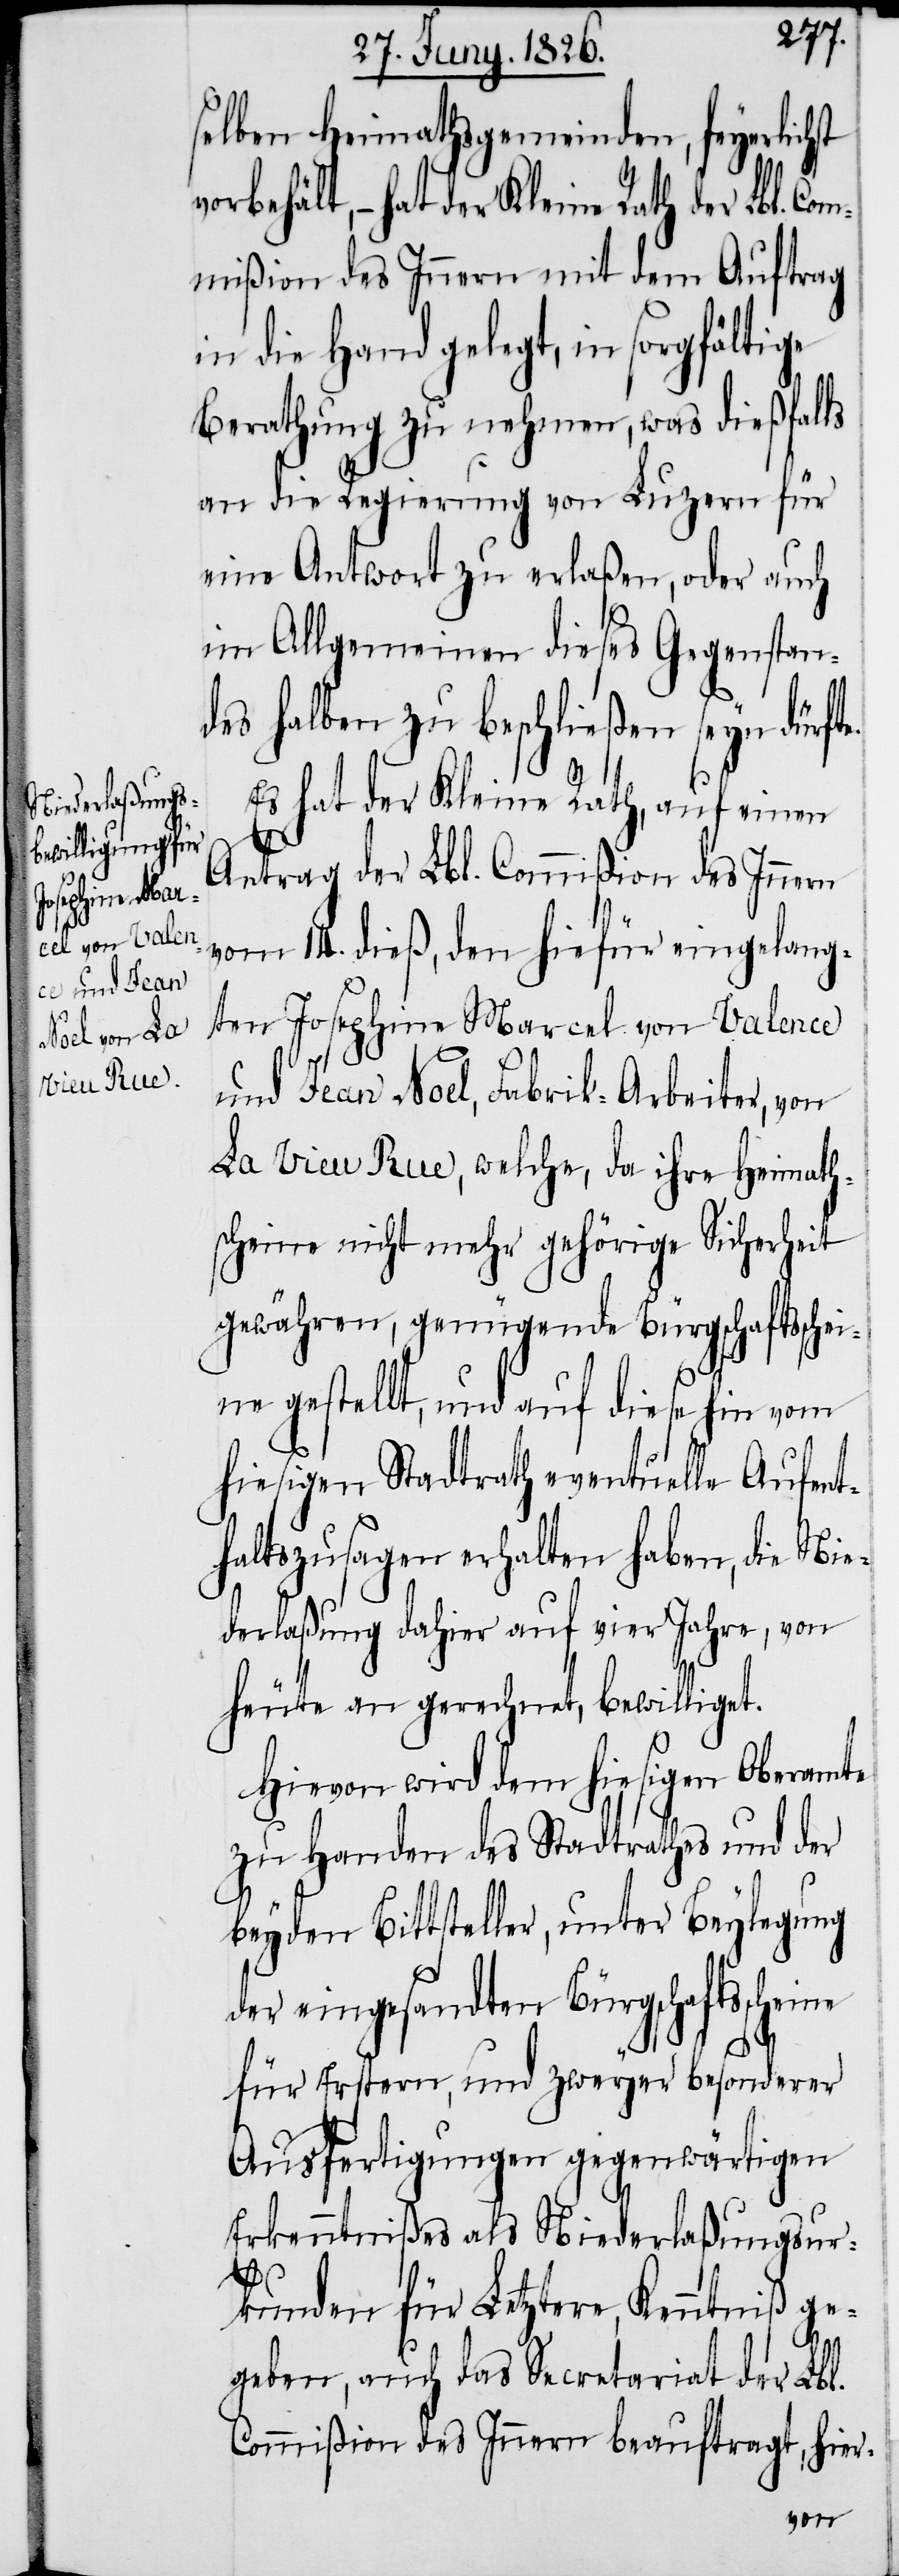
selben Heimathsgemeinden, feyerlichst
ehält, – hat der Kleine Rath der Lbl. Co¬
mmißion des Innern mit dem Auftrag
in die Hand gelegt, in sorgfältige
Berathung zu nehmen, was dießfalls
an die Regierung von Luzern für
eine Antwort zu erlaßen, oder auch
im Allgemeinen dieses Gegenstan¬
des halben zu beschließen seyn dürfte.
Es hat der Kleine Rath, auf einen
Antrag der Lbl. Commißion des Innern
vom 14. dieß, den hiefür eingelang¬
ten Josephine Marcel von Valence
und Jean Noel, Fabrik-Arbeiter, von
La Vieu Rue, welche, da ihre Heimath¬
scheine nicht mehr gehörige Sicherheit
gewähren, genügende Bürgschaftsschei¬
ne gestellt, und auf diese hin vom
hiesigen Stadtrath eventuelle Aufent¬
haltszusagen erhalten haben, die Nie¬
derlaßung dahier auf vier Jahre, von
heute an gerechnet, bewilliget.
Hievon wird dem hiesigen Oberamte
zu Handen des Stadtrathes und der
beyden Bittsteller, unter Beylegung
der eingesandten Bürgschaftssche¬
ine
für Erstern, und zweyer besonderer
Ausfertigungen gegenwärtigen
Erkenntnißes als Niederlaßungsur¬
kunden für Letztere, Kenntniß ge¬
geben, auch das Secretariat der Lbl.
Commißion des Innern beauftrag, hier-